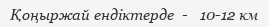
Қоңыржай ендіктерде  -   10-12 км